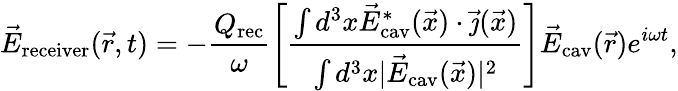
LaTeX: \vec{E}_{\mathrm{receiver}}(\vec{r},t)=-\frac{Q_{\mathrm{rec}}}\omega\left[\frac{\int d^{3}x\vec{E}_{\mathrm{cav}}^{*}(\vec{x})\cdot\vec{\jmath}(\vec{x})}{\int d^{3}x|\vec{E}_{\mathrm{cav}}(\vec{x})|^{2}}\right]\vec{E}_{\mathrm{cav}}(\vec{r})e^{i\omega t},